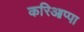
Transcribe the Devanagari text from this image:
करिआप्पा